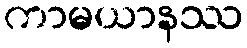
ကာမယာနဿ